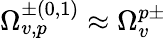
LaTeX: \Omega_{v,p}^{\pm(0,1)}\approx\Omega_{v}^{p\pm}